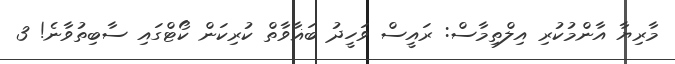
މާރިޔާ އާންމުކުރި އިލްތިމާސް: ރައީސް ވަހީދު ބަޣާވާތް ކުރިކަން ކޯޓްގައި ސާބިތުވާނެ! 3